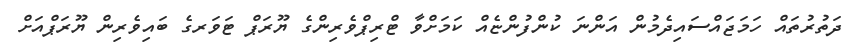
ދަތުރުތައް ހަމަޖައްސައިދެމުން އަންނަ ކުންފުންޏެއް ކަމަށްވާ ޓްރިޕްވެރިންގެ ޔޫރަޕް ޓަވަރގެ ބައިވެރިން ޔޫރަޕްއަށް